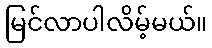
မြင်လာပါလိမ့်မယ်။